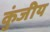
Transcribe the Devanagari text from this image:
कुंजीय